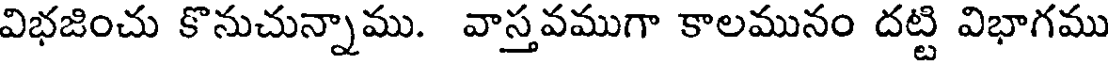
విభజించు కొనుచున్నాము. వాస్తవముగా కాలమునం దట్టి విభాగము